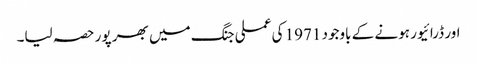
اور ڈرائیور ہونے کے باوجود 1971 کی عملی جنگ میں بھر پور حصہ لیا۔